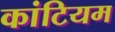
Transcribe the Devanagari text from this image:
कांटियम